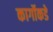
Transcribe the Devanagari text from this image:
कार्गोकडे